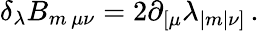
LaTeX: \delta_{\lambda}B_{m\, \mu\nu}=2\partial_{[\mu}\lambda_{|m|\nu]}\, .